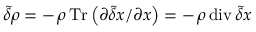
\tilde { \delta } \rho = - \, \rho \, \mathrm { T r } \left( \partial \tilde { \delta } \boldsymbol x / \partial \boldsymbol x \right) = - \, \rho \, \mathrm { d i v } \, \tilde { \delta } \boldsymbol x